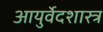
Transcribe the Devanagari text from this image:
आयुर्वेदशास्त्र